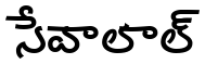
సేవాలాల్